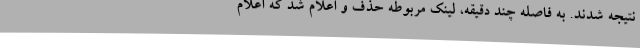
نتیجه شدند. به فاصله چند دقیقه، لینک مربوطه حذف و اعلام شد که اعلام